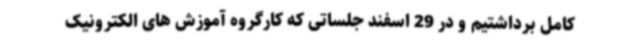
کامل برداشتیم و در 29 اسفند جلساتی که کارگروه آموزش های الکترونیک